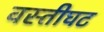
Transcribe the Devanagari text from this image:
वस्तीघट